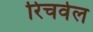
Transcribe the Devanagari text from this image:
रिचवेल